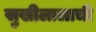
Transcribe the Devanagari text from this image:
सुखीलालाची